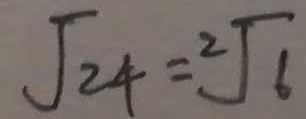
\sqrt { 2 4 } = 2 \sqrt { 6 }